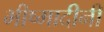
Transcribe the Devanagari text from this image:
भीष्मादीनी